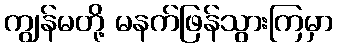
ကျွန်မတို့ မနက်ဖြန်သွားကြမှာ